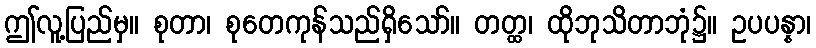
ဤလူ့ပြည်မှ။ စုတာ၊ စုတေကုန်သည်ရှိသော်။ တတ္ထ၊ ထိုဘုသိတာဘုံ၌။ ဥပပန္နာ၊